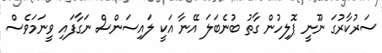
ސަރުކާރުގަ ނޫނީ ޕޮލިހުން ގާތު ބުނެބަލަ އޭނާ އަކީ ލައިސަންސް ނަގާފައި ވީނަމަވެސް